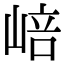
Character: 㟝